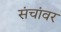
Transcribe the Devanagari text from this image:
संचांवर